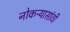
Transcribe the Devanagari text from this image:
नोकऱ्यासांठी